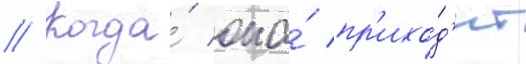
// Когда́ она́ пр'ихо́д'ит